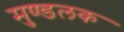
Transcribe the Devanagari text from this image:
मुण्डलक